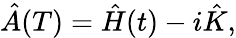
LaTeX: \begin{array}{r}{\hat{A}(T)=\hat{H}(t)-i\hat{K},}\end{array}